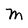
Character: M